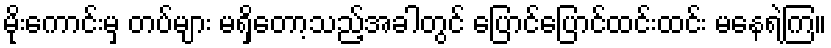
မိုးကောင်းမှ တပ်များ မရှိတော့သည့်အခါတွင် ပြောင်ပြောင်ထင်းထင်း မနေရဲကြ။